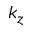
k _ { z }